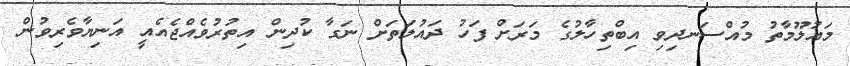
މައުލޫމާތު މުއްސަނދިވި އިބްތިހާލުގެ މަރަށް ފަހު ދައުލަތަށް ނަގާ ކުދިން އިތުރުވެއްޖެއެއީ އަނިޔާވެރިވުން